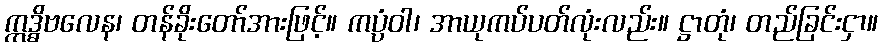
ဣဒ္ဓိဗလေန၊ တန်ခိုးတော်အားဖြင့်။ ကပ္ပံဝါ၊ အာယုကပ်ပတ်လုံးလည်း။ ဋ္ဌာတုံ၊ တည်ခြင်းငှာ။